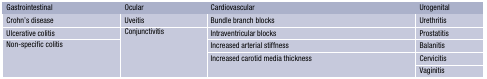
| Gastrointestinal | Ocular | Cardiovascular | Urogenital |
 | --- | --- | --- | --- |
 | Crohn’s disease | Uveitis | Bundle branch blocks | Urethritis |
 | Ulcerative colitis | <ROWSPAN=4> Conjunctivitis | Intraventricular blocks | Prostatitis |
 | <ROWSPAN=3> Non-specific colitis | Increased arterial stiffness | Balanitis |
 | <ROWSPAN=2> Increased carotid media thickness | Cervicitis |
 | Vaginitis |